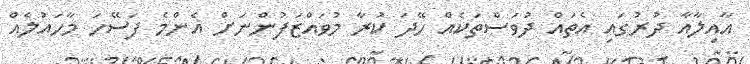
އާއިލާއާ ދުރުގައި އެތައް ދުވަސްތަކެއް ހޭދަ ކުރާ މުވައްޒަފުންނަށް އެންމެ ފަސޭހަ މާހައުލެއް